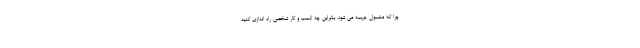
چرا که مشمول جریمه می شود. بنابراین چه کسب و کار شخصی راه اندازی کنید